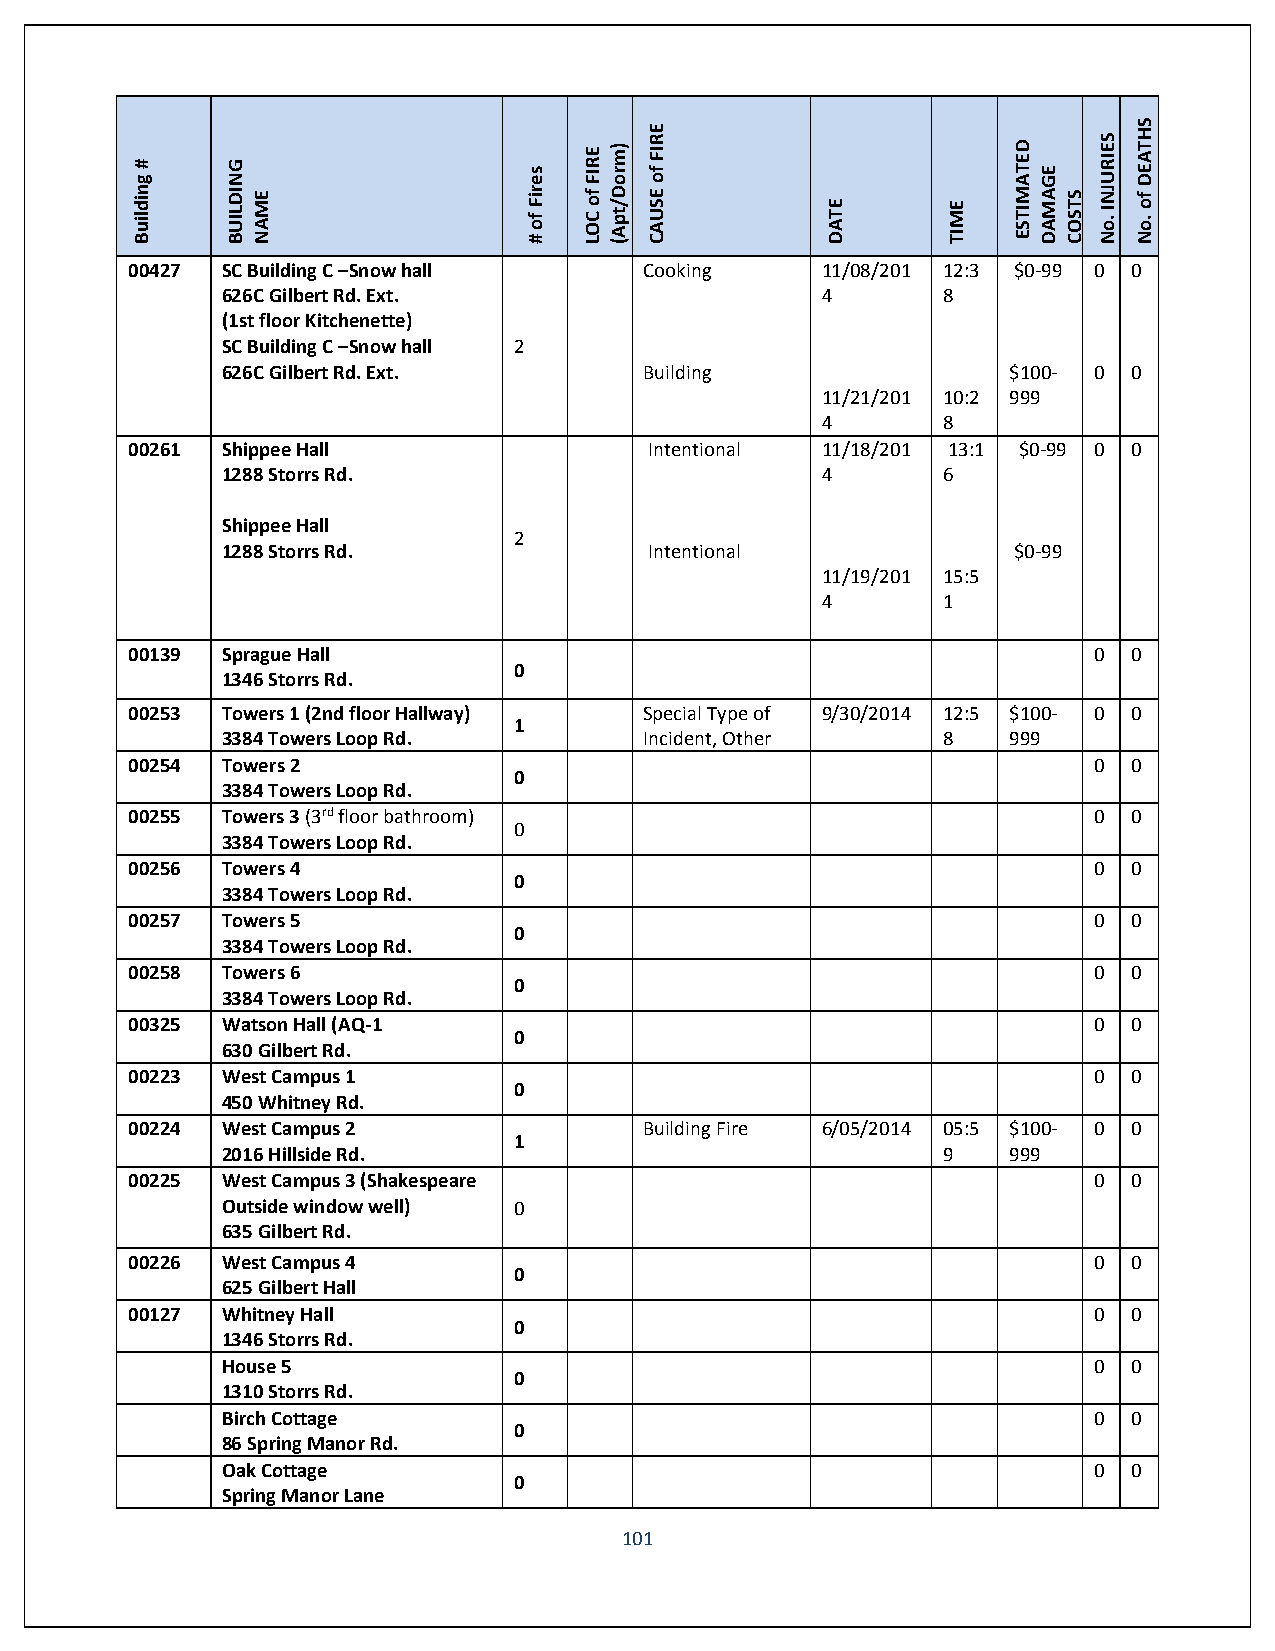
Building
 #     BUILDING
 NAME
 #
 of
 Fires
 LOC
 of
 FIRE (Apt/Dorm)
 CAUSE
 of
 FIRE
 DATE    TIME
 ESTIMATED
 DAMAGE
 COSTS
 No.
 INJURIES
 No.
 of
 DEATHS
 00427  SC Building C –Snow hall    Cooking    11/08/201 12:3 $0-99 0 0
 626C Gilbert Rd. Ext.                  4       8
 (1st floor Kitchenette)
 SC Building C –Snow hall 2
 626C Gilbert Rd. Ext.       Building                $100- 0 0
 11/21/201 10:2 999
 4       8
 00261  Shippee Hall                Intentional 11/18/201 13:1 $0-99 0 0
 1288 Storrs Rd.                        4       6
 Shippee Hall
 2
 1288 Storrs Rd.             Intentional             $0-99
 11/19/201 15:5
 4       1
 00139  Sprague Hall                                             0  0
 0
 1346 Storrs Rd.
 00253  Towers 1 (2nd floor Hallway) Special Type of 9/30/2014 12:5 $100- 0 0
 1
 3384 Towers Loop Rd.        Incident, Other    8    999
 00254  Towers 2                                                 0  0
 0
 3384 Towers Loop Rd.
 00255  Towers 3 (3rd floor bathroom)                            0  0
 0
 3384 Towers Loop Rd.
 00256  Towers 4                                                 0  0
 0
 3384 Towers Loop Rd.
 00257  Towers 5                                                 0  0
 0
 3384 Towers Loop Rd.
 00258  Towers 6                                                 0  0
 0
 3384 Towers Loop Rd.
 00325  Watson Hall (AQ-1                                        0  0
 0
 630 Gilbert Rd.
 00223  West Campus 1                                            0  0
 0
 450 Whitney Rd.
 00224  West Campus 2               Building Fire 6/05/2014 05:5 $100- 0 0
 1
 2016 Hillside Rd.                              9    999
 00225  West Campus 3 (Shakespeare                               0  0
 Outside window well) 0
 635 Gilbert Rd.
 00226  West Campus 4                                            0  0
 0
 625 Gilbert Hall
 00127  Whitney Hall                                             0  0
 0
 1346 Storrs Rd.
 House 5                                                  0  0
 0
 1310 Storrs Rd.
 Birch Cottage                                            0  0
 0
 86 Spring Manor Rd.
 Oak Cottage                                              0  0
 0
 Spring Manor Lane
 101